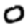
Digit: 0